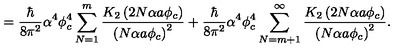
= \frac { \hbar } { 8 \pi ^ { 2 } } \alpha ^ { 4 } \phi _ { c } ^ { 4 } \sum _ { N = 1 } ^ { m } \frac { K _ { 2 } \left( 2 N \alpha a \phi _ { c } \right) } { \left( N \alpha a \phi _ { c } \right) ^ { 2 } } + \frac { \hbar } { 8 \pi ^ { 2 } } \alpha ^ { 4 } \phi _ { c } ^ { 4 } \sum _ { N = m + 1 } ^ { \infty } \frac { K _ { 2 } \left( 2 N \alpha a \phi _ { c } \right) } { \left( N \alpha a \phi _ { c } \right) ^ { 2 } } .